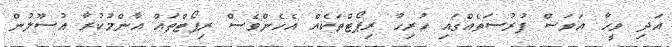
އަދި ވީހާ އަވަސް ފުރުސަތެއްގައި ހުރިހާ ރިޕޯޓްތަކެއް އެހެންވެސް ރިޕޯޓްތައް އާންމުކުރާ އުސޫލުން